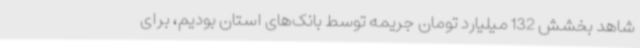
شاهد بخشش 132 میلیارد تومان جریمه توسط بانک‌های استان بودیم، برای